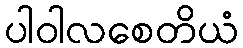
ပါဝါလစေတိယံ